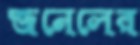
জনেলের